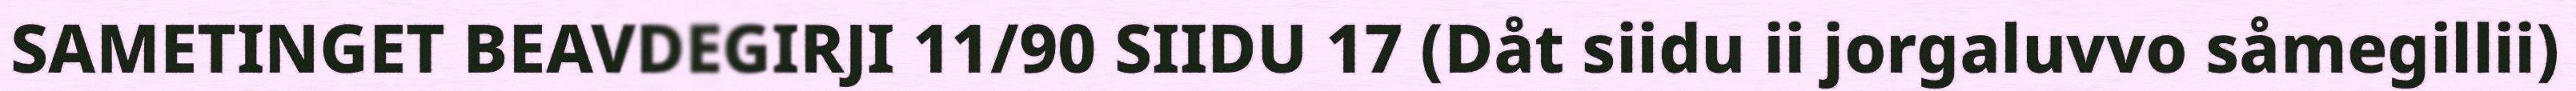
SAMETINGET BEAVDEGIRJI 11/90 SIIDU 17 (Dåt siidu ii jorgaluvvo såmegillii)